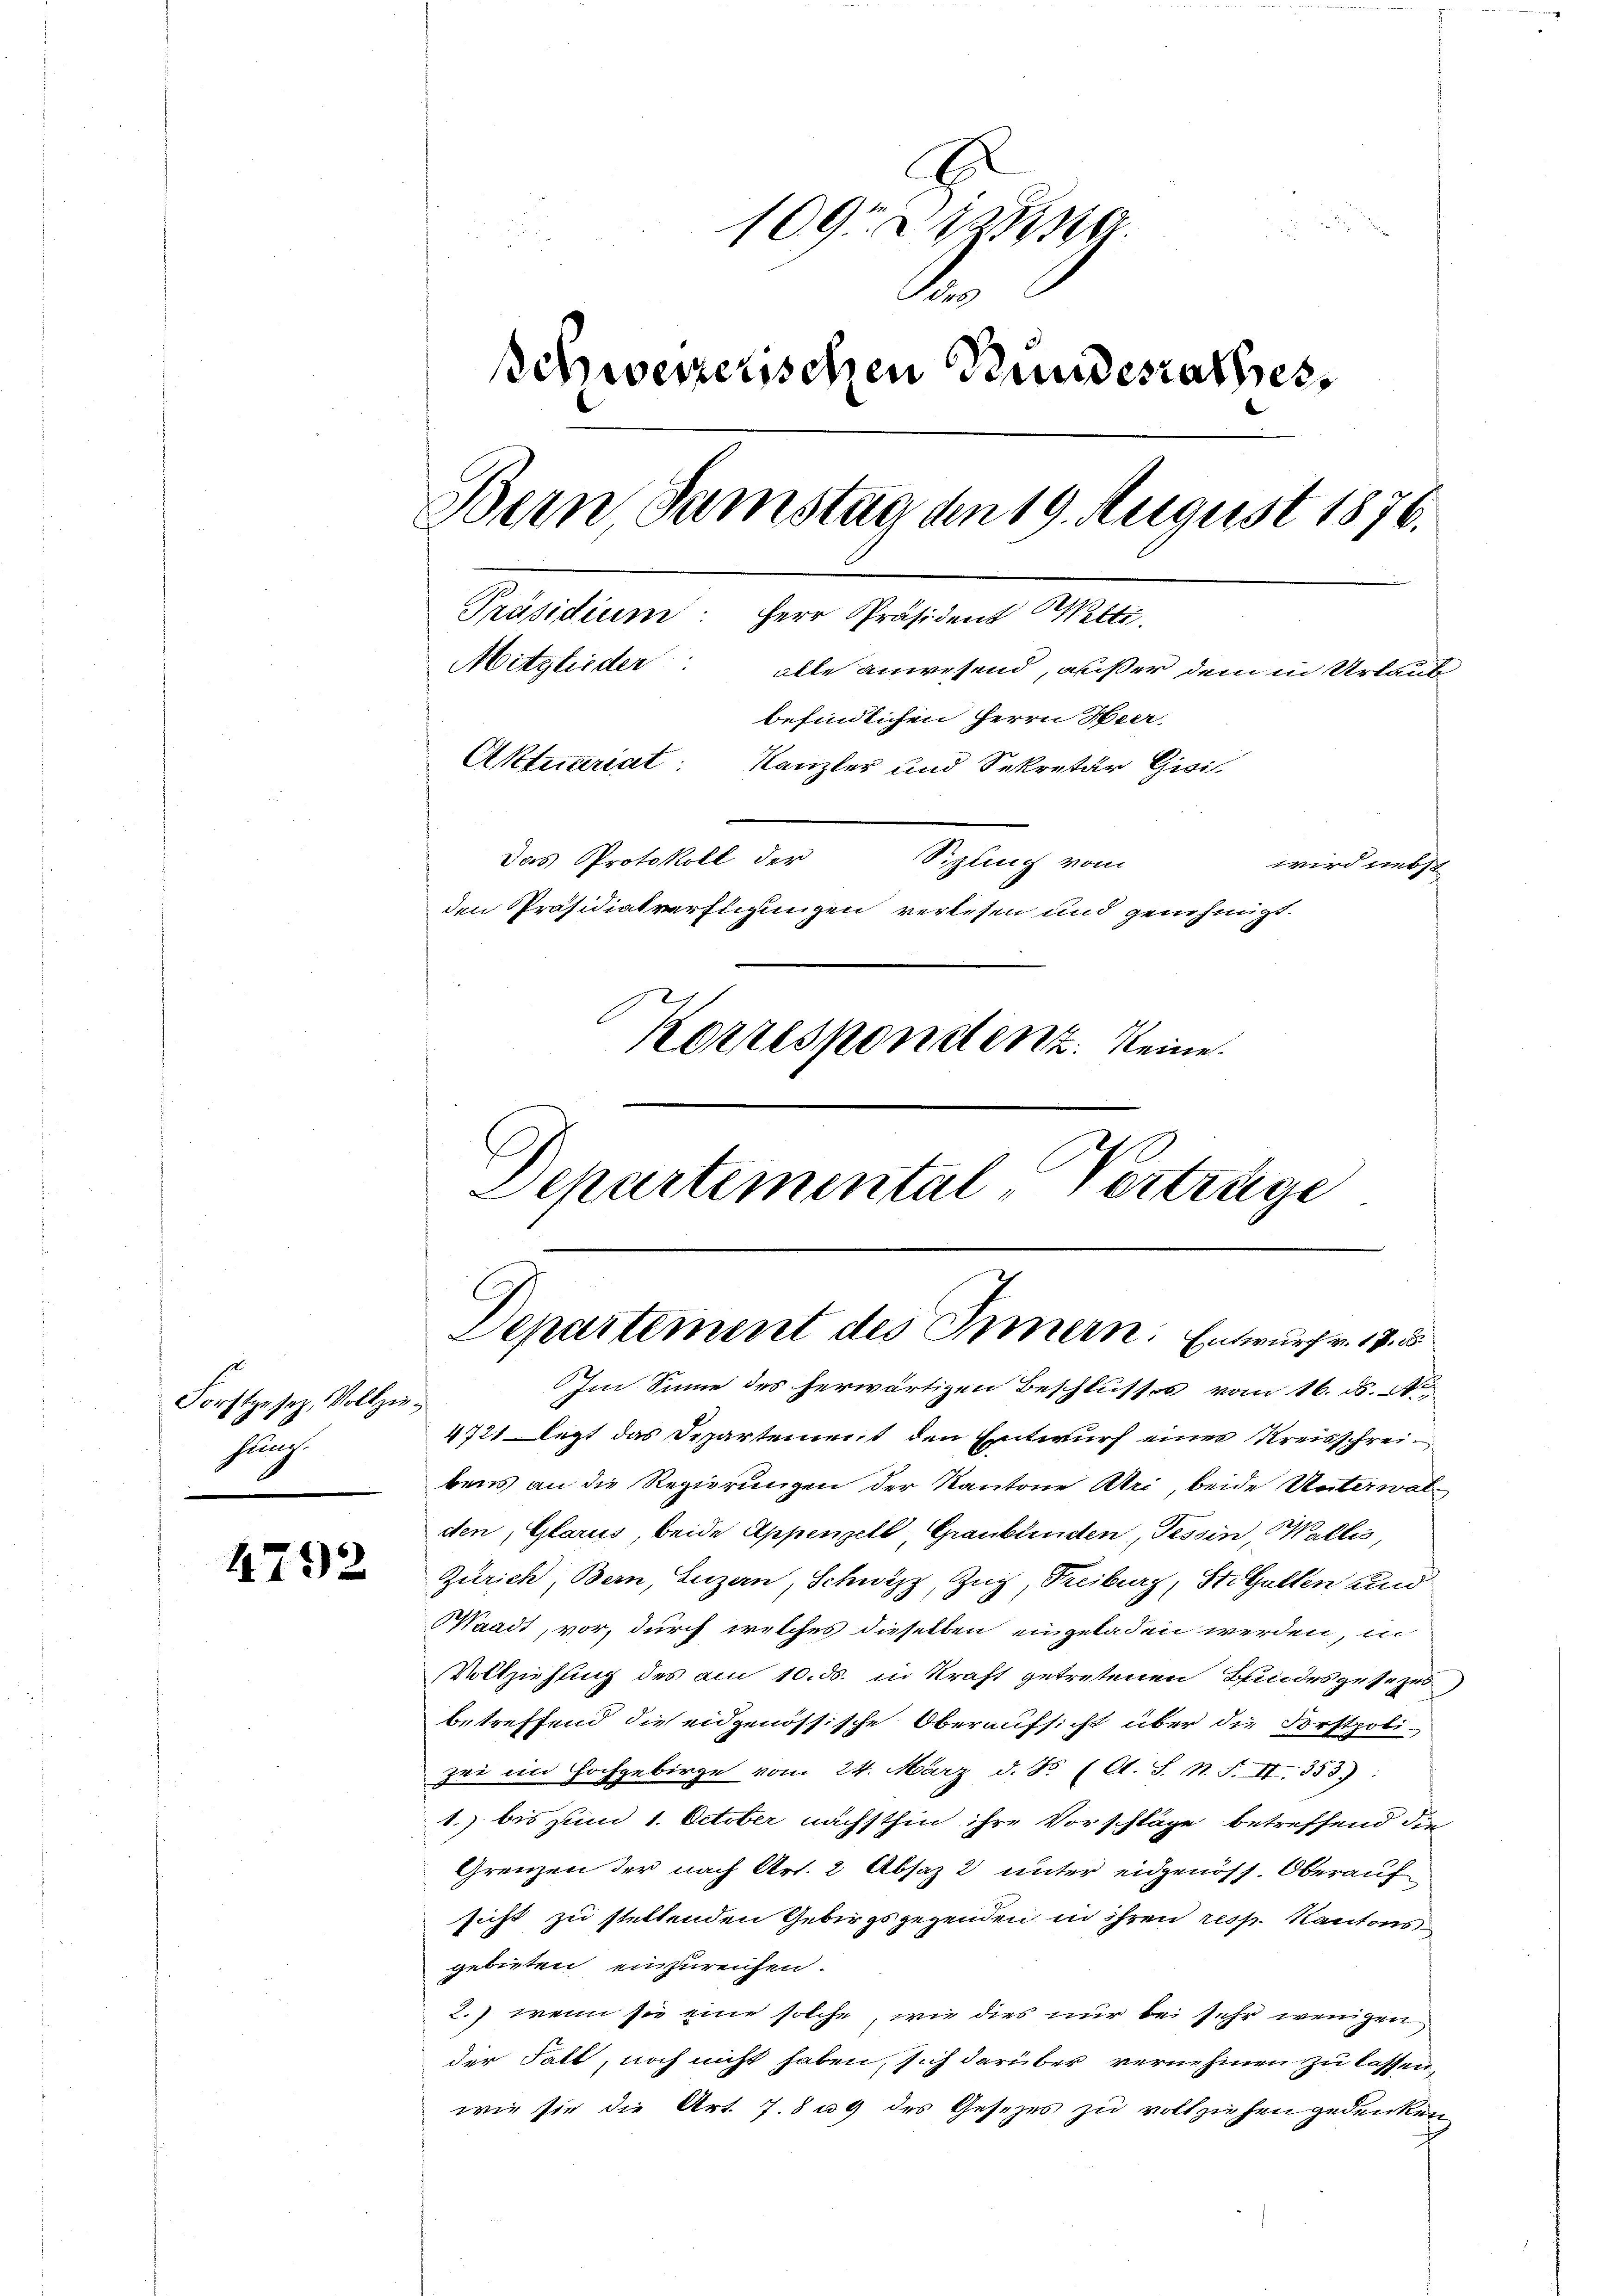
Forstgesez, Vollziehuung.

4792

Schweizerischen Bundesrathes
Bern Samstag an 19. August 1876.
Präsidium: Herr Präsident Welti.
Mitglieder: alte anwesend, außer dem in Urlaut
befindlichen Herrn Heer-
Aktuariat. Kanzler und Sekretär Gisi
Das Protokoll der Sigling vom
wird nebst
den Präsidiatverfügungen verlesen und genehmigt.
Korresponstenz keine
Departemental-Verträge

109. Dana
A

Departement des Innern. Entwurf v. 17. 5
Im Sinne des herwärtigen Beschlusses vom 16. ds. A

4721 legt das Departement den Entwurf einer Kreisschreibens an die Regierungen der Kantone Uri, beide Unterwal
den, Glarus, beide Appenzell, Graubünden, Tessin, Wallis,
Zürich, Bern, Luzern, Schwyz, Zug, Treiburg, Stiellen und
Waadt, vor, durch welches dieselben eingeladen werden, in
Vollziehung des am 10. ds. in Kraft getretenen Bundesgesezes
betreffend die eidgenössische Oberaufsicht über die Forstpolizei ein Hochgebirge vom 24. März d. R. (A. S. N. F. II 353):
1. bis zum 1. October nächsthin ihre Vorschläge betreffend die
Grenzen der nach Art. 2 Absaz 2 unter eidgenöss. Oberauf
sicht zu stellenden Gebirgsgegenden in ihren resp. Kantons
gebieten einzureichen.
2.) wenn sie eine solche, wie dies nur bei sehr wenigen
der Fall, noch nicht haben, sich darüber vernehmen zu lassen,
wie sie die Art. 7. 89 des Gesetzes zu vollziehen gedenken